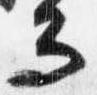
而